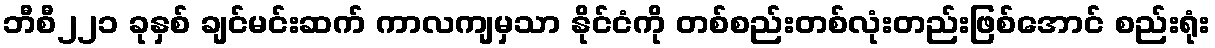
ဘီစီ၂၂၁ ခုနှစ် ချင်မင်းဆက် ကာလကျမှသာ နိုင်ငံကို တစ်စည်းတစ်လုံးတည်းဖြစ်အောင် စည်းရုံး